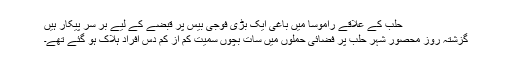
حلب کے علاقے راموسا میں باغی ایک بڑی فوجی بیس پر قبضے کے لیے بر سر پیکار ہیں
گزشتہ روز محصور شہر حلب پر فضائی حملوں میں سات بچوں سمیت کم از کم دَس افراد ہلاک ہو گئے تھے۔